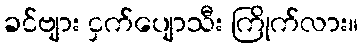
ခင်ဗျား ငှက်ပျောသီး ကြိုက်လား။